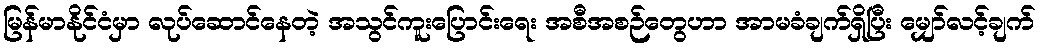
မြန်မာနိုင်ငံမှာ လုပ်ဆောင်နေတဲ့ အသွင်ကူးပြောင်းရေး အစီအစဉ်တွေဟာ အာမခံချက်ရှိပြီး မျှော်လင့်ချက်